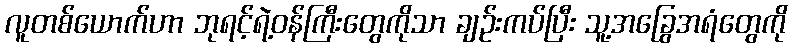
လူတစ်ယောက်ဟာ ဘုရင့်ရဲ့ဝန်ကြီးတွေကိုသာ ချဉ်းကပ်ပြီး သူ့အခြွေအရံတွေကို